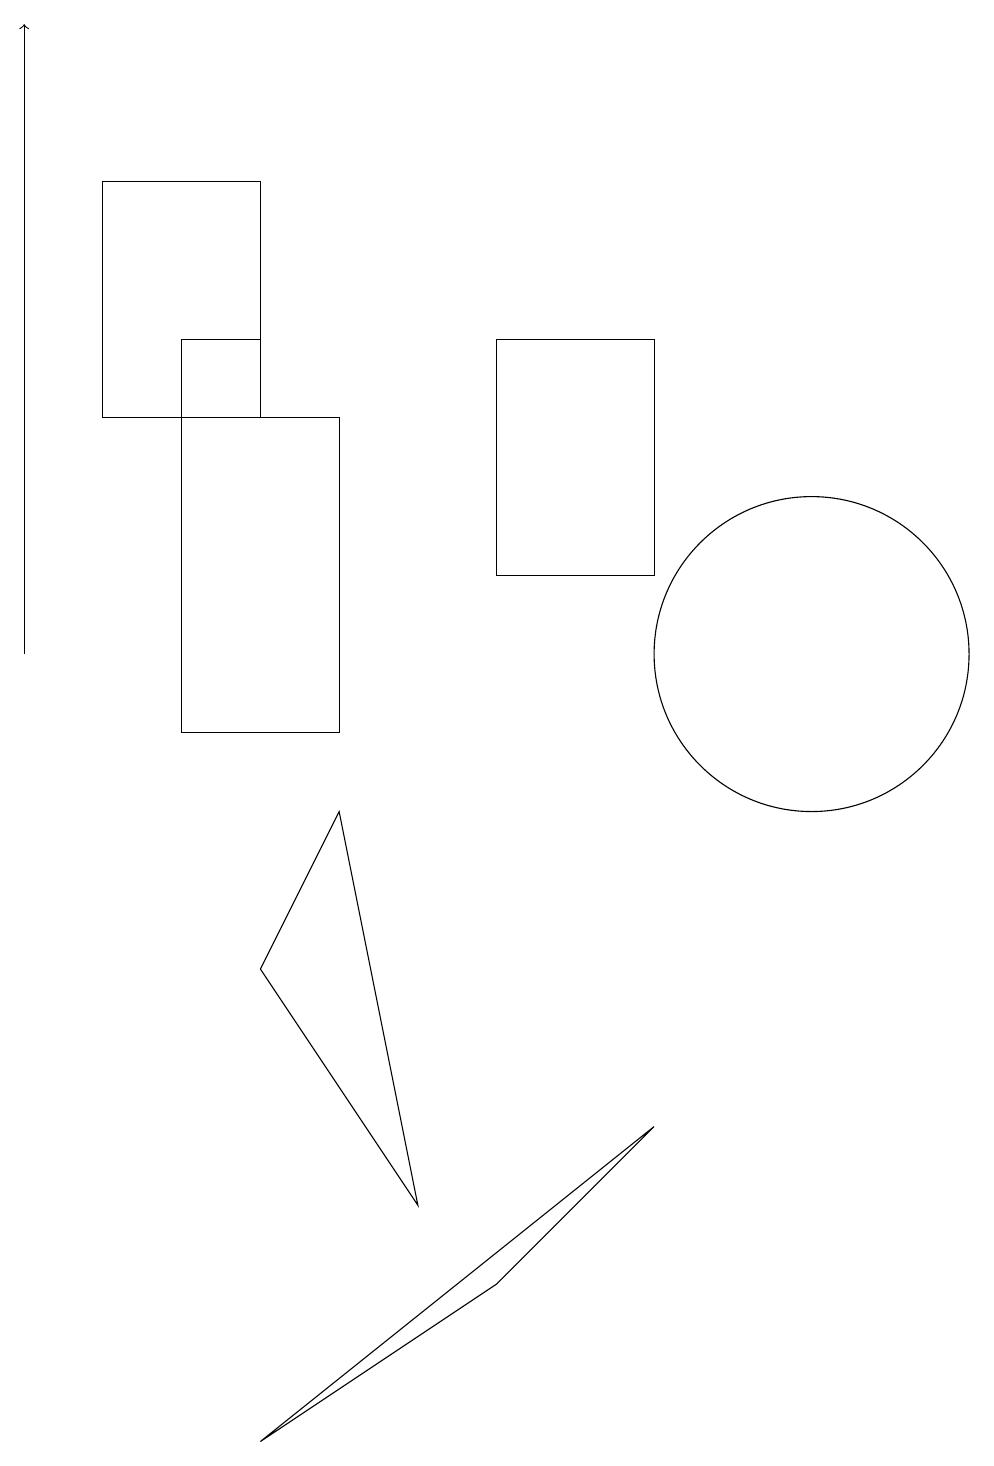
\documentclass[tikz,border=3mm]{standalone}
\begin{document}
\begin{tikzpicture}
\draw (3,14) rectangle (1,17);
\draw (5,4) -- (3,7) -- (4,9) -- cycle;
\draw (4,14) rectangle (2,10);
\draw[->] (0,11) -- (0,19);
\draw (8,5) -- (3,1) -- (6,3) -- cycle;
\draw (8,12) rectangle (6,15);
\draw (10,11) circle (2);
\draw (2,15) rectangle (3,14);
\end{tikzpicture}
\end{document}